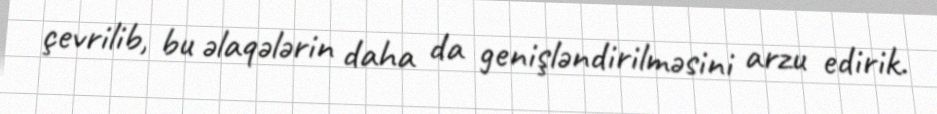
çevrilib, bu əlaqələrin daha da genişləndirilməsini arzu edirik.